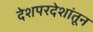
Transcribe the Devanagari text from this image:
देशपरदेशांतून